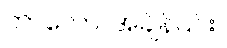
ကာလော၊ အချိန်၎င်း။